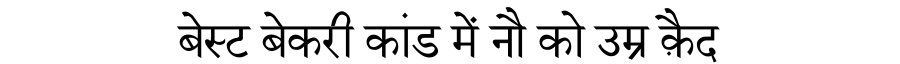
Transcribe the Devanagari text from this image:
बेस्ट बेकरी कांड में नौ को उम्र क़ैद